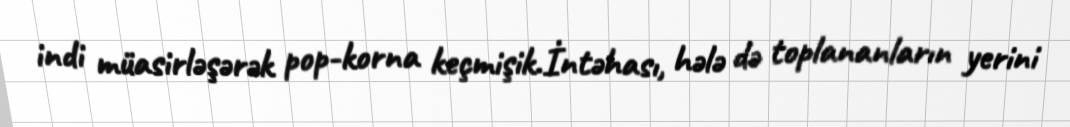
indi müasirləşərək pop-korna keçmişik.İntəhası, hələ də toplananların yerini